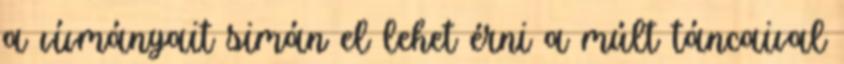
a vívmányait simán el lehet érni a múlt táncaival